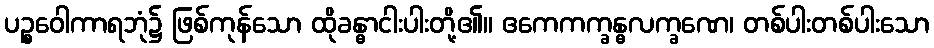
ပဉ္စဝေါကာရဘုံ၌ ဖြစ်ကုန်သော ထိုခန္ဓာငါးပါးတို့၏။ ဧကေကက္ခန္ဓလက္ခဏေ၊ တစ်ပါးတစ်ပါးသော